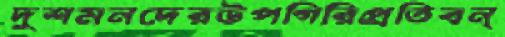
দুশমনদেরউপগিরিপ্রতিবন্